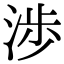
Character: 渉